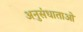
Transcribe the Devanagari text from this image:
अनुसंधाताओं